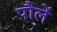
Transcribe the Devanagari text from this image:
पौलें